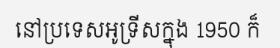
នៅប្រទេសអូទ្រីសក្នុង 1950 ក៏